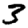
Digit: 3